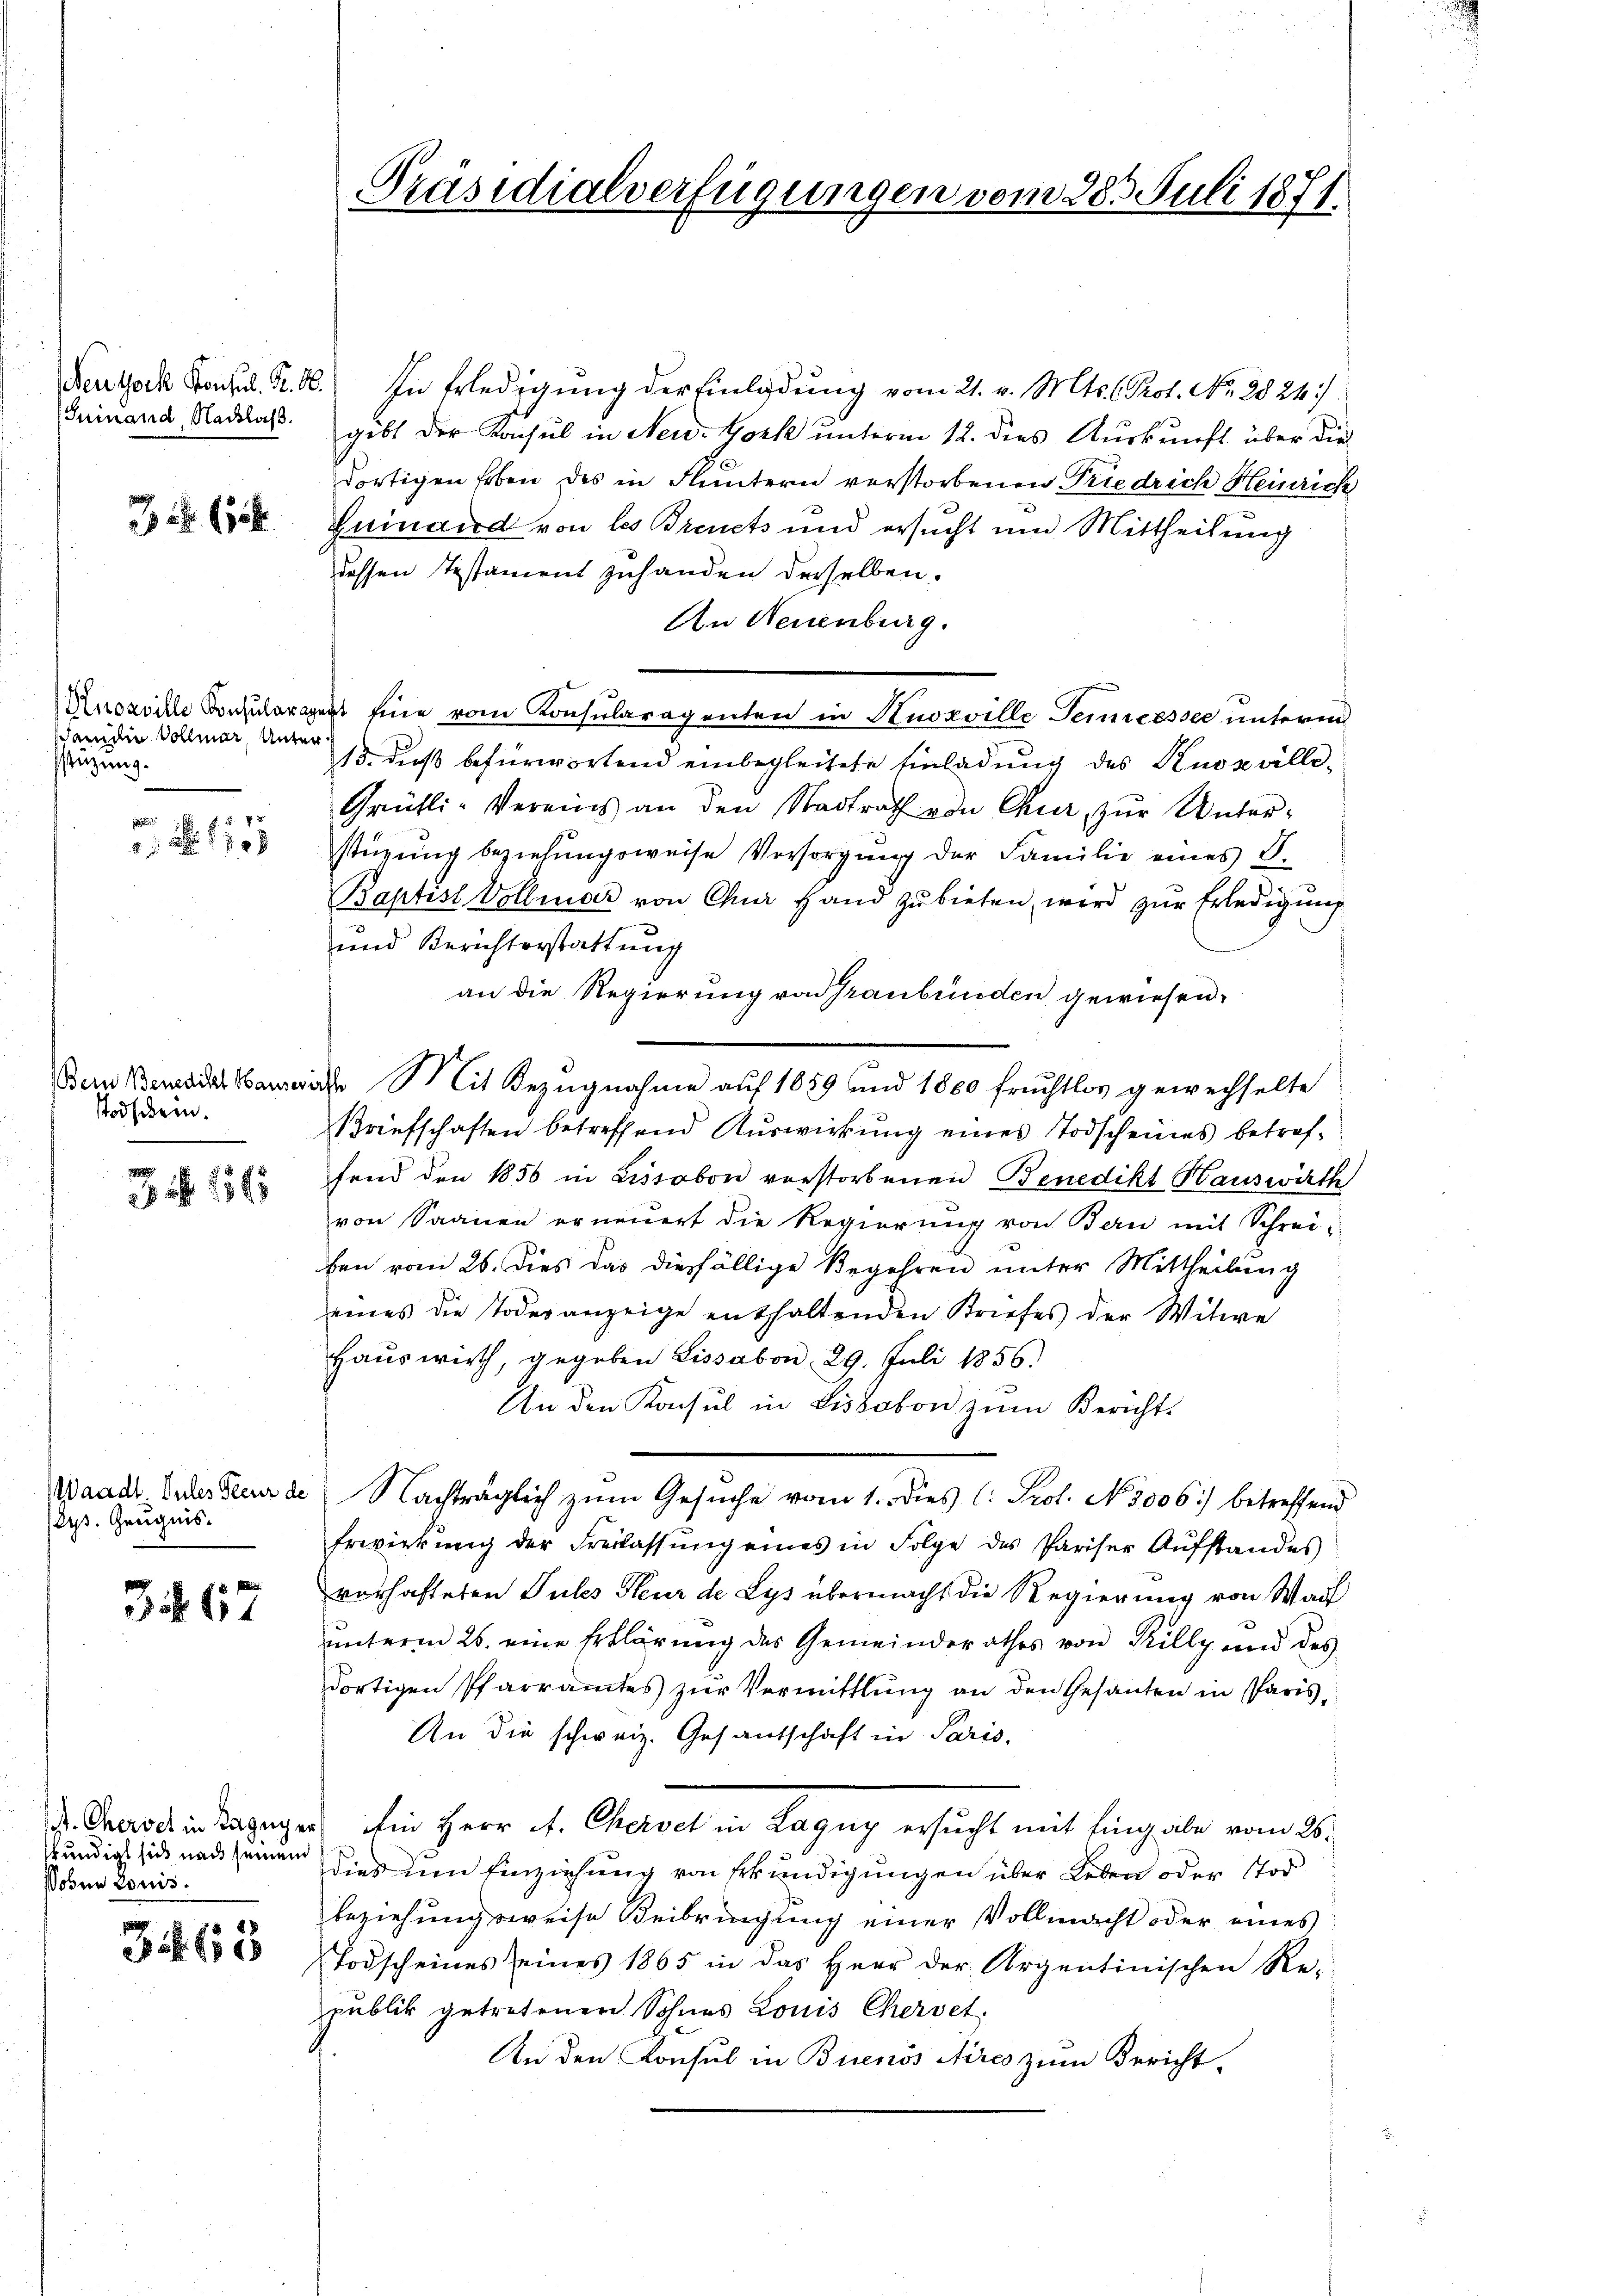
Juinand Nachlass.

. (158.

scandin Vollmar, Unterstüzung.

Nr. 1858

Todschein.
.

9
3 f 1545

Waadt. Sules Feur de
Eys. Zeugnis.

3. 67

undigt sich nach seinem
oben Louis.

3463

Bertock Torfl. R. 10. In Erledigung der Einladung vom 21. v. Mts. 6. Prot. No. 2824)
gibt der Konsul in New-York unterm 12. dies Auskunft über die
dortigen Erben des in Fluntern verstorbenen Friedrich Heinrich
Guinand von les Breuets und ersucht und Mittheilung
dessen Testament zuhanden derselben.
An Neuenburg.
Knosville Konsularent eine vom Konsularagenten in Anoxville Semesser unterm
13. dieß befürwortend einbegleitete Einladung des Kuszville¬
Grütli-Vereins an den Stadtrath von Chur zur Unter-
stüzung beziehungsweise Versorgŭng der Familie eines S.
Baptist Vollmar von Chur Hand zu bieten, wird zur Erledigung
und Berichterstattung
an die Regierung von Graubünden gewiesen.
Bern Benade wiche Mit Bezugnahme auf 1889 und 1860 fruchtlos gewechselte
Briefschaften betreffend Auswirkung eines Todscheines betreffend den 1856 in Lissabon vorstorbenen Benedikt Hauswirth
von Saanen erneŭert die Regierŭng von Bern mit Schrei-
ben vom 26. dies das diesfällige Begehren unter Mittheilung
eines die Todesanzeige enthaltenden Briefes der Witwe
Haŭs wirth, gegeben Lissabon 29. Juli 1856.
An den Konsul in Lissabon zum Bericht.
Nachträglich zum Gesuche vom 1. dies l. Prot. No. 5006) betreffend
Erwirkung der Freilassŭng eines in Folge des Pariser Aŭfstandes
vorhafteten Pules Steur de Lys übermacht die Regierung von Waf
unterm 26. eine Erklärung des Gemeinderathes von Killy und des
dortigen Pfarramtes zur Vermittlung an den Gesanten in Paris,
An die schweiz. Gesantschaft in Paris.
d. Grade in dagegen im Herr A. Cherdet in Lagug ersucht mit Eingabe vom 28.
dies um Einziehung von Erkundigungen über Leben oder Tod
beziehungsweise Beibringung einer Vollmacht oder eines
Todscheines seines 1865 in das Herr der Argentinischen Re-
publik getretenen Sohnes Louis Chervet.
An den Konsul in Buenos Aires zum Bericht,

Präsidialverfügungen vom 285. Juli 1871.